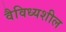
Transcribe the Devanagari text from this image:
वैविध्यशील